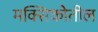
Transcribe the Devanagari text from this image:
मक्सिकोतील